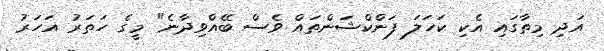
އަދި މިތާގައި އެކި ކަހަލަ ފަންކްޝަންތައް ވެސް ބޭއްވިދާނެ" މީގެ ހަތަރު އަހަރު